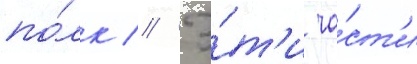
по́лк // Э́т'и ча́ст'и